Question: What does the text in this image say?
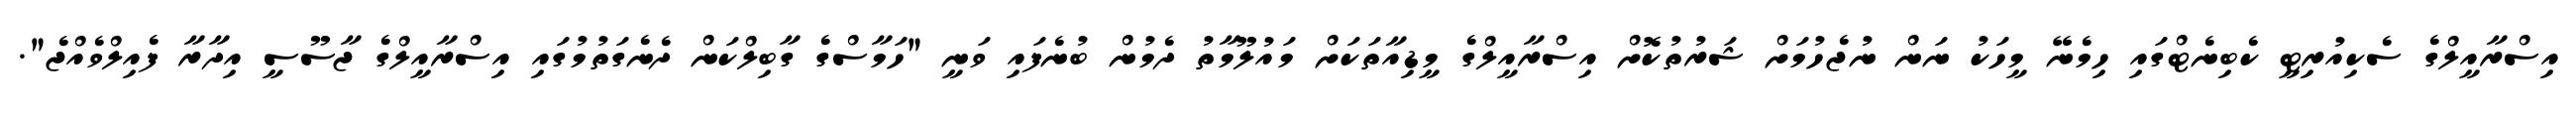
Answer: އިސްރާއީލްގެ ސެކިއުރިޓީ ކެބިނެޓްގައި ހިމެނޭ މީހަކު ނަން ނުޖެހުމަށް ޝަރުތުކޮށް އިސްރާއީލްގެ މީޑިއާތަކަށް މައުލޫމާތު ދެމުން ބުނެފައި ވަނީ "ހަމާސްގެ ގާބިލްކަން ދެނެގަތުމުގައި އިސްރާއީލްގެ ޖާސޫސީ އިދާރާ ފެއިލްވެއްޖެ".